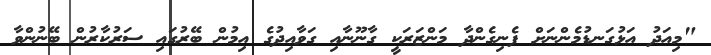
"މިއަދު އަޅުގަނޑުމެންނަށް ފެނިގެންދާ މަންޒަރަކީ ގާނޫނާއި ގަވާއިދުގެ އިމުން ބޭރުގައި ސަރުކާރުން ބޭނުންވާ